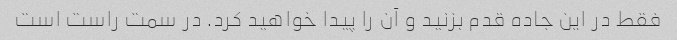
فقط در این جاده قدم بزنید و آن را پیدا خواهید کرد. در سمت راست است